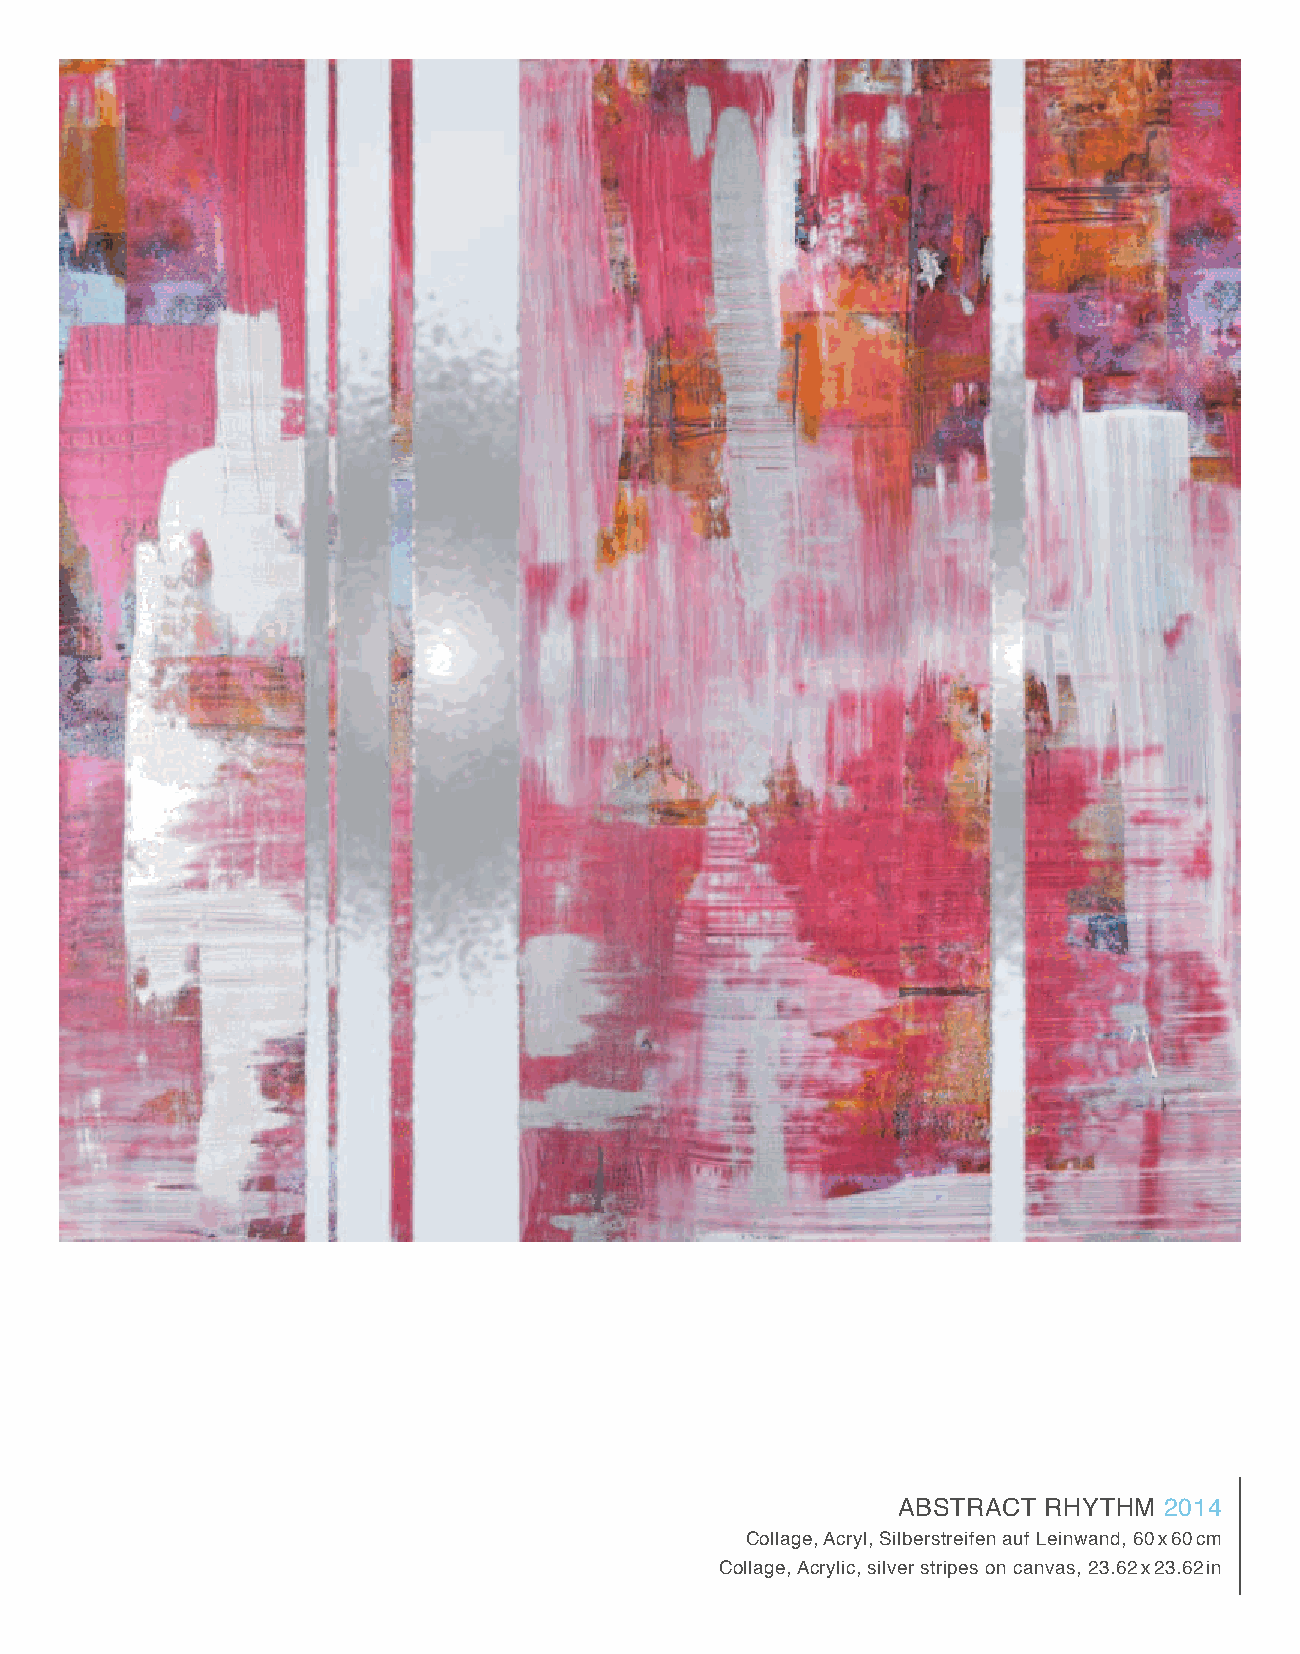
ABStRACt  RHYtHm  2014
 Collage, Acryl, Silberstreifen auf Leinwand, 60 x 60 cm
 Collage, Acrylic, silver stripes on canvas, 23.62 x 23.62 in